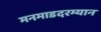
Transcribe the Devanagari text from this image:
मनमाडदरम्यान